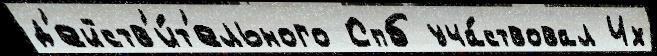
д'ейств'и́т'ельного Спб уча́ствовал Их